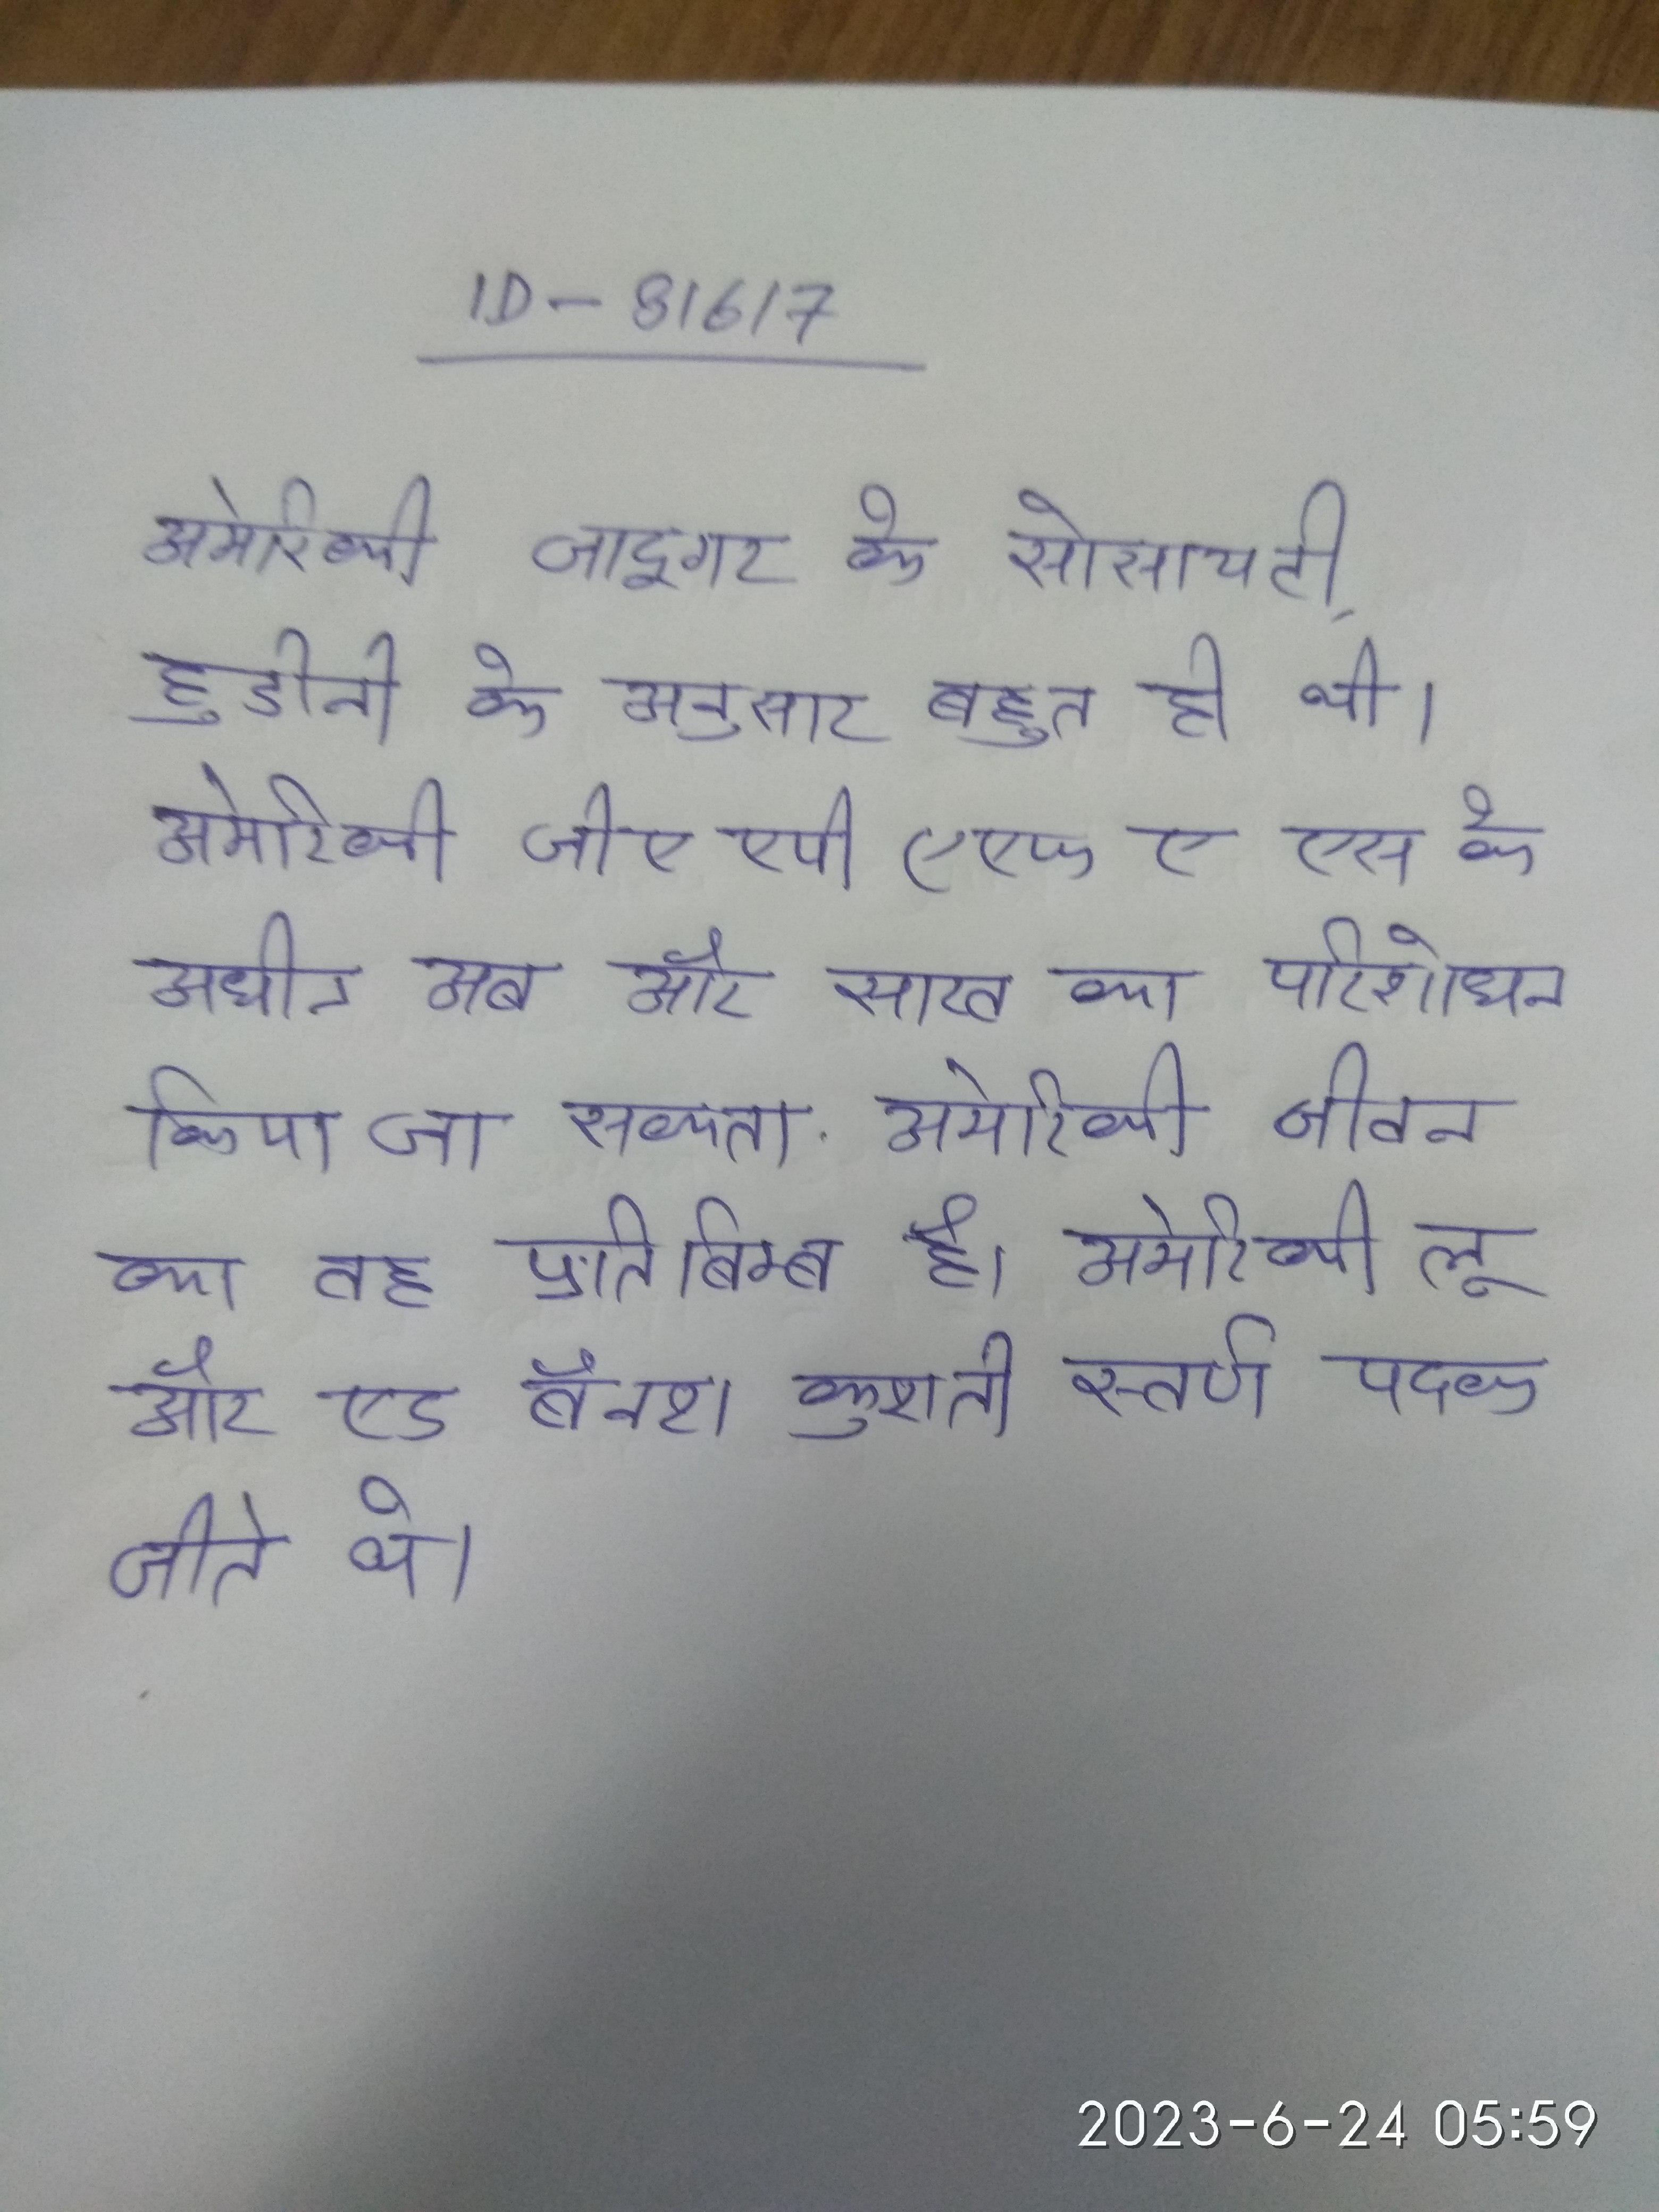
अमेरिकी जादूगर के सोसायटी, हुडीनी के अनुसार बहुत ही थी । अमेरिकी जीएएपी (एफएएस के अधीन अब और साख का परिशोधन किया जा सकता . अमेरिकी जीवन का यह प्रतिबिम्ब है । अमेरिकी लू और एड बैनश कुश्ती स्वर्ण पदक जीते थे ।